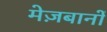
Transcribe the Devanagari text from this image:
मेज़बानों